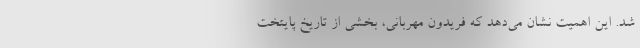
شد. این اهمیت نشان می‌دهد که فریدون مهربانی، بخشی از تاریخ پایتخت